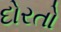
દોરતો